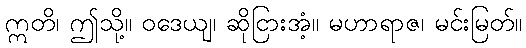
ဣတိ၊ ဤသို့။ ဝဒေယျ၊ ဆိုငြားအံ့။ မဟာရာဇ၊ မင်းမြတ်။